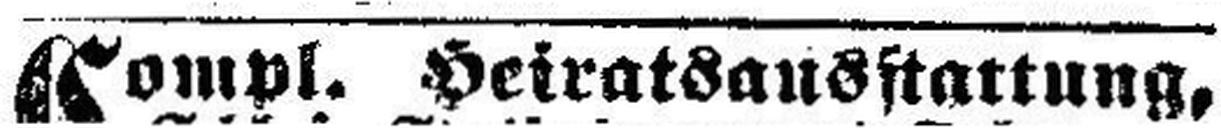
Compl. Heiratsausstattung,